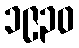
၁၉၃၀